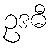
ဥဒဓီ